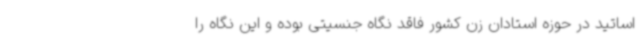
اساتید در حوزه استادان زن کشور فاقد نگاه جنسیتی بوده و این نگاه را